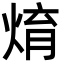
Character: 焴